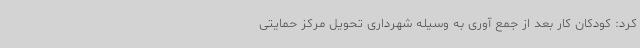
کرد: کودکان کار بعد از جمع آوری به وسیله شهرداری تحویل مرکز حمایتی